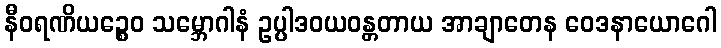
နီဝရဏိယဉ္စေဝ သမ္ဘောဂါနံ ဥပ္ပါဒဝယဝန္တတာယ အာချာတေန ဝေဒနာယောဂေါ